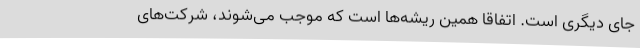
جای دیگری است. اتفاقاً همین ریشه‌ها است که موجب می‌شوند، شرکت‌های